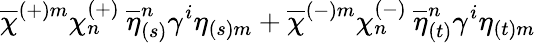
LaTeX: \overline{{{\chi}}}^{(+)m}\chi_{n}^{(+)}\: \overline{{{\eta}}}_{(s)}^{n}\gamma^{i}\eta_{(s)m}+\overline{{{\chi}}}^{(-)m}\chi_{n}^{(-)}\: \overline{{{\eta}}}_{(t)}^{n}\gamma^{i}\eta_{(t)m}